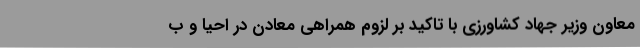
معاون وزیر جهاد کشاورزی با تاکید بر لزوم همراهی معادن در احیا و ب